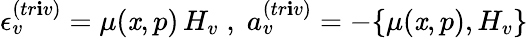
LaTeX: \epsilon_{v}^{(tr\mathbf{i}v)}=\mu(\mathit{x},p)\, H_{v}\; ,\; a_{v}^{(tr\mathbf{i}v)}=-\{ \mu(\mathit{x},p),H_{v}\}